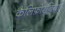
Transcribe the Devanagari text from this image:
कैलिफ़ोरनिया